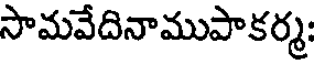
సామవేదినాముపాకర్మ: